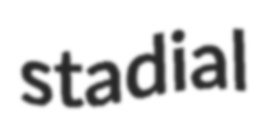
stadial